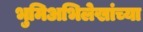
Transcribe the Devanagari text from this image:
भुमिअभिलेखांच्या